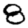
Digit: 8